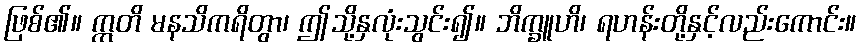
ဖြစ်၏။ ဣတိ မနသိကရိတွာ၊ ဤသို့နှလုံးသွင်း၍။ ဘိက္ခူဟိ၊ ရဟန်းတို့နှင့်လည်းကောင်း။